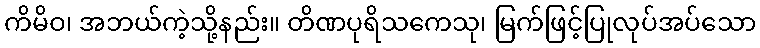
ကိမိဝ၊ အဘယ်ကဲ့သို့နည်း။ တိဏပုရိသကေသု၊ မြက်ဖြင့်ပြုလုပ်အပ်သော